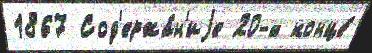
1867 Сод'ержа́н'иjе 20-х конце́